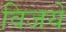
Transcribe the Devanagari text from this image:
विजये